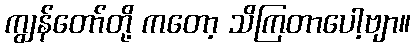
ကျွန်တော်တို့ ကတော့ သိကြတာပေါ့ဗျာ။